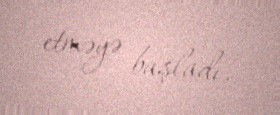
etməyə başladı.